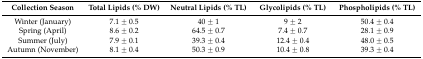
<table><thead><tr><td><b>Collection Season</b></td><td><b>Total Lipids (% DW)</b></td><td><b>Neutral Lipids (% TL)</b></td><td><b>Glycolipids (% TL)</b></td><td><b>Phospholipids (% TL)</b></td></tr></thead><tbody><tr><td>Winter (January)</td><td>7.1 ± 0.5</td><td>40 ± 1</td><td>9 ± 2</td><td>50.4 ± 0.4</td></tr><tr><td>Spring (April)</td><td>8.6 ± 0.2</td><td>64.5 ± 0.7</td><td>7.4 ± 0.7</td><td>28.1 ± 0.9</td></tr><tr><td>Summer (July)</td><td>7.9 ± 0.1</td><td>39.3 ± 0.4</td><td>12.4 ± 0.4</td><td>48.0 ± 0.5</td></tr><tr><td>Autumn (November)</td><td>8.1 ± 0.4</td><td>50.3 ± 0.9</td><td>10.4 ± 0.8</td><td>39.3 ± 0.4</td></tr></tbody></table>